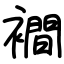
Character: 襇